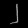
Digit: ၂